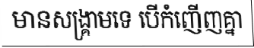
មានសង្គ្រាមទេ បើកំញើញគ្នា